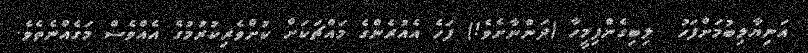
އަނިޔާލިބުމަށްފަހު  ލިބިގެންފިމީހާ (ދަންނާށެވެ!) ފަހެ އެއުރެންގެ މައްޗަކަށް ކުށްވެރިކުރުމުގެ އެއްވެސް މަގެއްނެތެވެ.